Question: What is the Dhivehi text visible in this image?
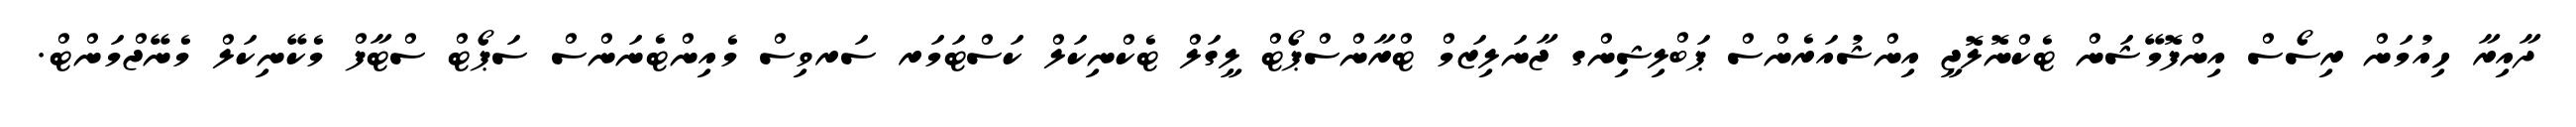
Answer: ދާއިރާ ހިއުމަން ރިސޯސް އިންފޮމޭޝަން ޓެކްނޮލޮޖީ އިންޝުއަރެންސް ޕަބްލިޝިންގ ޖާނަލިޒަމް ޓްރާންސްޕޯޓް ލީގަލް ޓެކްނިކަލް ކަސްޓަމަރ ސަރވިސް މެއިންޓެނަންސް ސަޕޯޓް ސްޓާފް މެކޭނިކަލް މެނޭޖްމަންޓް.